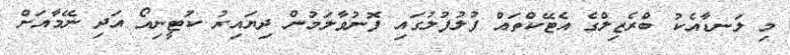
މި ލަނޑާއެކު ބްރެޒިލްގެ އެޓޭކްތައް ފުލުފުލުގައި ފޮނުވާލަމުން ދިޔައިރު ކުޓީނިއޯ އަދި ނޭމާއަށް